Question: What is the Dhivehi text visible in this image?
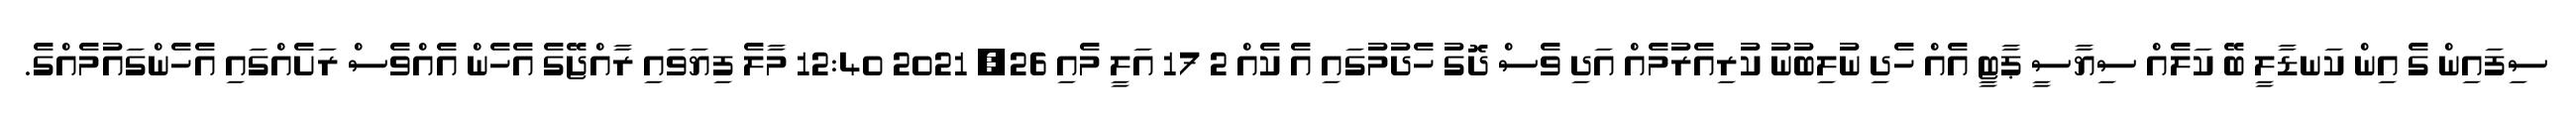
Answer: ސިފައިން ގެ އިން ކަނޑާލީ ބޭ ކަލެއް ސިޔާސީ ޕާޓީ އެއް ހެދި ނުލިބުނު ކުރިއެރުމެއް އަދި ވެސް ދޮގު ހެދުމުގައި އެ ކެއް 2 17 އަލީ މެއި 26, 2021 12:40 މާލެ ފިޔަވައި ރާއްޖޭގެ އެހެން އެއްވެސް ރަށެއްގައި އެހެންގައުމެއްގެ.